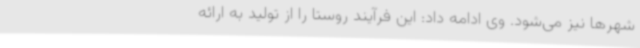
شهرها نیز می‌شود. وی ادامه داد: این فرآیند روستا را از تولید به ارائه